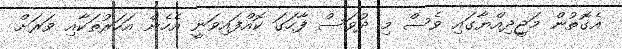
އެގޮތުން މަޖީދިއްޔާގައި ވެސް މި ދުވަސް ފާހަގަ ކޮއްފައިވަނީ އެހެން އަހަރުތަކާއި ވަރަށް